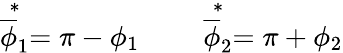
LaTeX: \stackrel{*}{\overline{{\phi}}_{1}}=\pi-\phi_{1}\qquad\stackrel{*}{\overline{{\phi}}_{2}}=\pi+\phi_{2}